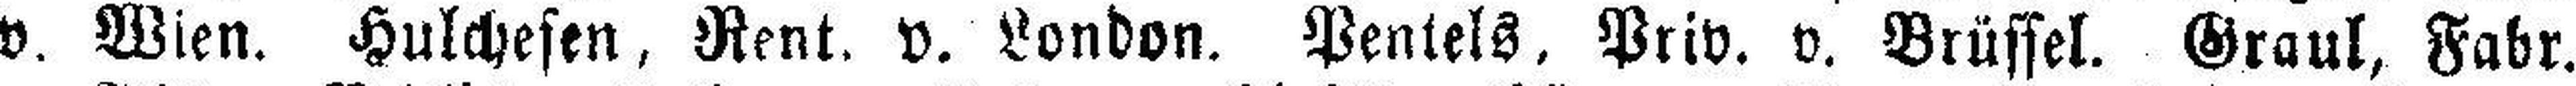
v. Wien. Hulchesen, Rent. v. London. Pentels. Priv. v. Brüssel. Graul, Fabr.